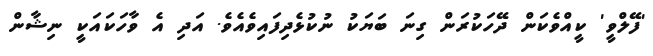
'ފޭލްވީ' ކީއްވެކަން ދޭހަކުރަން ގިނަ ބަޔަކު ނުކުޅެދިފައިވެއެވެ. އަދި އެ ވާހަކައަކީ ނިޝާން